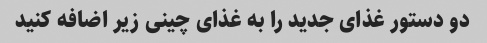
دو دستور غذای جدید را به غذای چینی زیر اضافه کنید